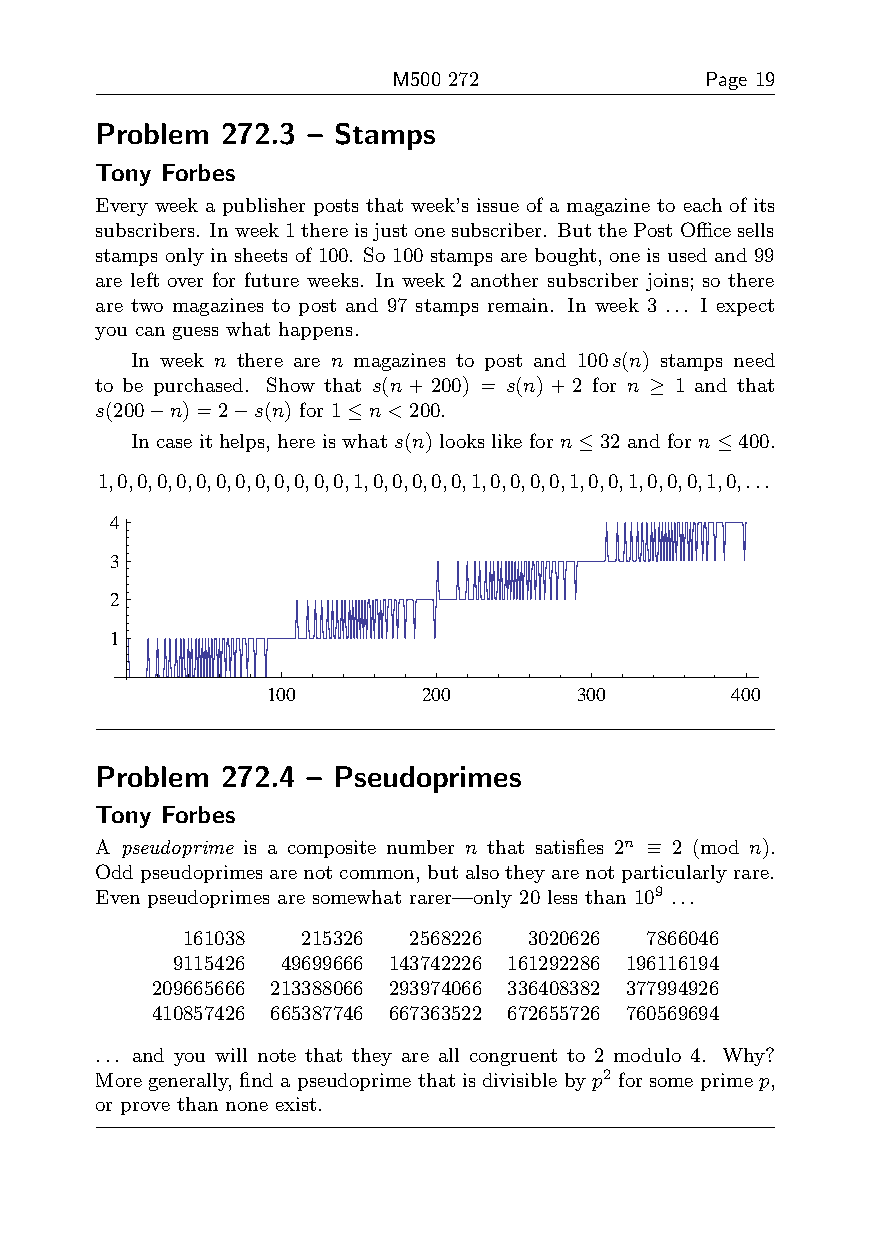
M500 272             Page 19
 Problem  272.3 – Stamps
 Tony Forbes
 Every week a publisher posts that week’s issue of a magazine to each of its
 subscribers. Inweek1thereisjustonesubscriber. ButthePostOfficesells
 stamps only in sheets of 100. So 100 stamps are bought, one is used and 99
 are left over for future weeks. In week 2 another subscriber joins; so there
 are two magazines to post and 97 stamps remain. In week 3 ... I expect
 you can guess what happens.
 In week n there are n magazines to post and 100s(n) stamps need
 to be purchased. Show that s(n+200) = s(n)+2 for n ≥ 1 and that
 s(200−n)=2−s(n) for 1≤n<200.
 In case it helps, here is what s(n) looks like for n≤32 and for n≤400.
 1,0,0,0,0,0,0,0,0,0,0,0,0,1,0,0,0,0,0,1,0,0,0,0,1,0,0,1,0,0,0,1,0,...
 4
 3
 2
 1
 100       200       300       400
 Problem  272.4 – Pseudoprimes
 Tony Forbes
 A pseudoprime is a composite number n that satisfies 2n ≡ 2 (mod n).
 Oddpseudoprimesarenotcommon, butalsotheyarenotparticularlyrare.
 Even pseudoprimes are somewhat rarer—only 20 less than 109 ...
 161038  215326 2568226 3020626 7866046
 9115426 49699666 143742226 161292286 196116194
 209665666 213388066 293974066 336408382 377994926
 410857426 665387746 667363522 672655726 760569694
 ... and you will note that they are all congruent to 2 modulo 4. Why?
 Moregenerally, findapseudoprime thatisdivisible byp2 forsome prime p,
 or prove than none exist.